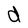
Character: d